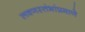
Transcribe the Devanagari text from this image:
लवणस्तंभांप्रमाणे